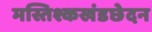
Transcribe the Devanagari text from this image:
मस्तिश्कखंडछेदन